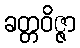
ခတ္တဝိဇ္ဇာ